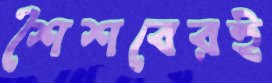
শৈশবেরই